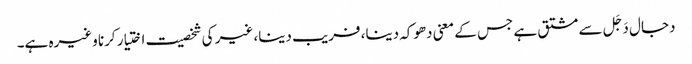
دجال دَجَل سے مشتق ہے جس کے معنی دھوکہ دینا، فریب دینا، غیر کی شخصیت اختیار کرنا وغیرہ ہے۔